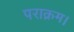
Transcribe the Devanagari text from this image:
पराक्रम।